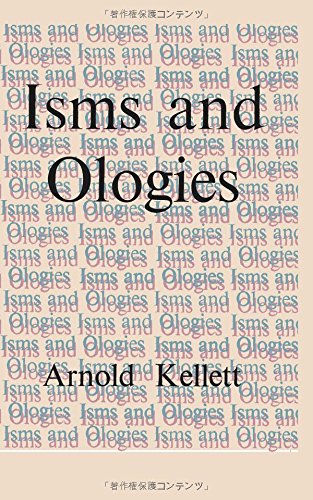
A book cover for Isms and Ologies: A Guide to Unorthodox and non-Christian Beliefs; Arnold Kellett; Christian Books & Bibles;